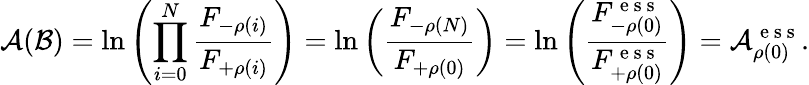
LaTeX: \mathcal{A}(\mathcal{B})=\ln\left(\prod_{i=0}^{N}\frac{F_{-\rho(i)}}{F_{+\rho(i)}}\right)=\ln\left(\frac{F_{{-\rho}(N)}}{F_{{+\rho(0)}}}\right)=\ln\left(\frac{F_{{-\rho}(0)}^{\mathrm{~e~s~s~}}}{F_{{+\rho(0)}}^{\mathrm{~e~s~s~}}}\right)=\mathcal{A}_{\rho(0)}^{\mathrm{~e~s~s~}}.